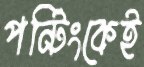
পন্টিংকেই